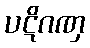
ပဋိဂဏှ